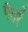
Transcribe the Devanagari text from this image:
पैतरें